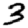
Digit: 3